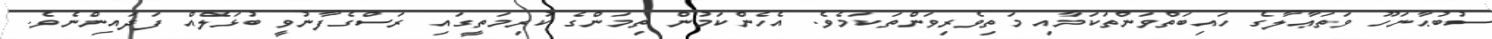
ސުބުޙާނަހޫ ވަތަޢާލާގެ ހައިބަތްވަންތަކަމާއި މަތިވެރިވަންތަކަމެވެ. އެހެންކަމުން ތިމަންގެ ކުރިމަތީގައި ރަސްގެފާނުވީ ބުޅަލެއް ފަދައިންނެވެ.